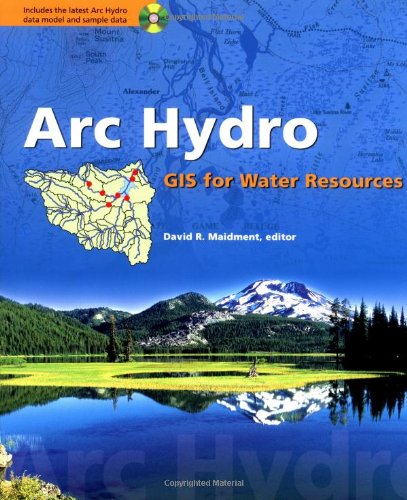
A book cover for Arc Hydro: GIS for Water Resources; Science & Math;